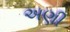
અણી